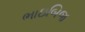
ભાઇબિજ